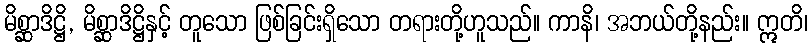
မိစ္ဆာဒိဋ္ဌိ, မိစ္ဆာဒိဋ္ဌိနှင့် တူသော ဖြစ်ခြင်းရှိသော တရားတို့ဟူသည်။ ကာနိ၊ အဘယ်တို့နည်း။ ဣတိ၊